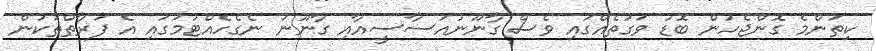
ކިތަންމެ ގޮންޖެހުން ބޮޑު ވަގުތެއްގައި ވެސް ގާނޫނުއަސާސީއާއި ގާނޫނު ނެގެހެއްޓުމުގައި އެ ފަރާތްތަކުން